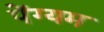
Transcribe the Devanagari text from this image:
पेंग्यम